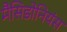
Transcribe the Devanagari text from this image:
मैसिडोनियंस